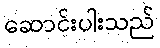
ဆောင်းပါးသည်